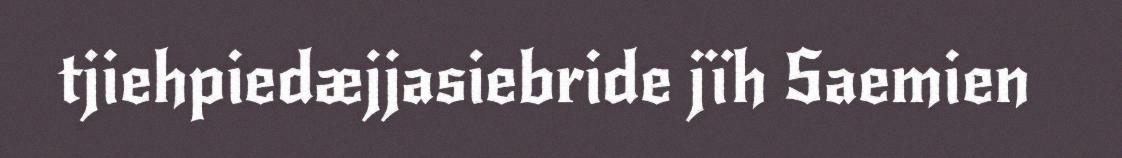
tjiehpiedæjjasiebride jïh Saemien